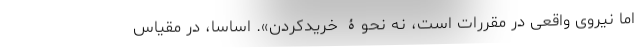
اما نیروی واقعی در مقررات است، نه نحوۀ خریدکردن». اساساً، در مقیاس